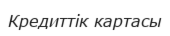
Кредиттік картасы